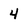
Character: 4